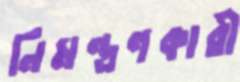
নিমন্ত্রণকারী